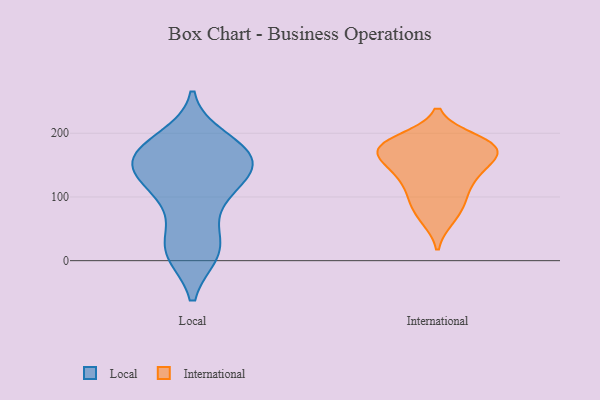
{"axis": {"x": "Backlog", "y": "Value"}, "legend": ["International", "Local"], "data": [{"x": "", "y": 47, "type": "Local"}, {"x": "", "y": 90, "type": "Local"}, {"x": "", "y": 12, "type": "Local"}, {"x": "", "y": 14, "type": "Local"}, {"x": "", "y": 137, "type": "Local"}, {"x": "", "y": 166, "type": "Local"}, {"x": "", "y": 138, "type": "Local"}, {"x": "", "y": 191, "type": "Local"}, {"x": "", "y": 14, "type": "Local"}, {"x": "", "y": 180, "type": "Local"}, {"x": "", "y": 143, "type": "Local"}, {"x": "", "y": 162, "type": "Local"}, {"x": "", "y": 16, "type": "Local"}, {"x": "", "y": 174, "type": "Local"}, {"x": "", "y": 111, "type": "Local"}, {"x": "", "y": 173, "type": "Local"}, {"x": "", "y": 141, "type": "Local"}, {"x": "", "y": 108, "type": "Local"}, {"x": "", "y": 158, "type": "Local"}, {"x": "", "y": 173, "type": "International"}, {"x": "", "y": 138, "type": "International"}, {"x": "", "y": 171, "type": "International"}, {"x": "", "y": 96, "type": "International"}, {"x": "", "y": 187, "type": "International"}, {"x": "", "y": 137, "type": "International"}, {"x": "", "y": 191, "type": "International"}, {"x": "", "y": 127, "type": "International"}, {"x": "", "y": 183, "type": "International"}, {"x": "", "y": 129, "type": "International"}, {"x": "", "y": 65, "type": "International"}, {"x": "", "y": 157, "type": "International"}, {"x": "", "y": 67, "type": "International"}, {"x": "", "y": 98, "type": "International"}, {"x": "", "y": 171, "type": "International"}, {"x": "", "y": 94, "type": "International"}, {"x": "", "y": 157, "type": "International"}, {"x": "", "y": 186, "type": "International"}, {"x": "", "y": 170, "type": "International"}, {"x": "", "y": 183, "type": "International"}]}